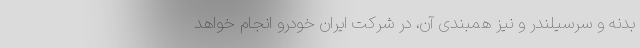
بدنه و سرسیلندر و نیز همبندی آن، در شرکت ایران‌ خودرو انجام خواهد